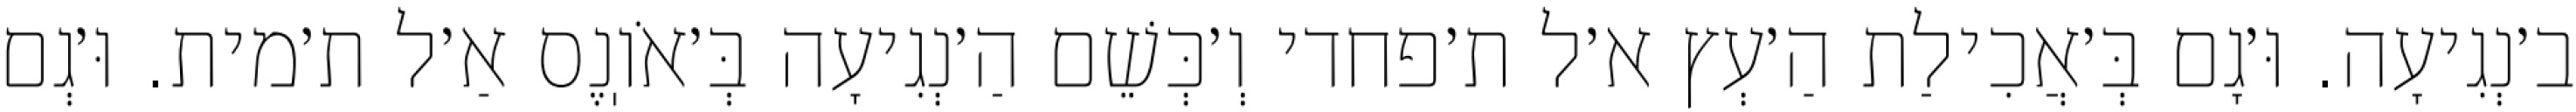
ב׳נְגִיעָה. וּ׳גָם בְּ׳אֲכִילַת הַ׳עְץ א׳ל ת׳פחדי וְ׳כְּשֵׁם הַ׳נְגִיעָה בְּ׳אֹוֽנֶס אַ׳ל ת׳מית. וּ׳גְם